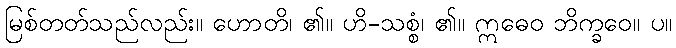
မြစ်တတ်သည်လည်း။ ဟောတိ၊ ၏။ ဟိ-သစ္စံ၊ ၏။ ဣဓေဝ ဘိက္ခဝေ။ ပ။